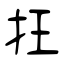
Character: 抂